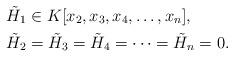
LaTeX: \begin{align*}\tilde{H}_1 &\in K[x_2,x_3,x_4,\ldots,x_n]\mbox{,} \\\tilde{H}_2 &= \tilde{H}_3 = \tilde{H}_4 = \cdots = \tilde{H}_n = 0\mbox{.}\end{align*}